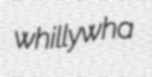
whillywha